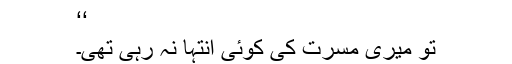
‘‘
تو میری مسرت کی کوئی انتہا نہ رہی تھی۔